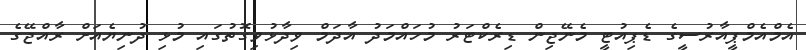
އެމްއެމްޕީއާރުސީގެ ޑެޕިއުޓީ މެނޭޖިން ޑިރެކްޓަރު މުހައްމަދު އާދަމް ވިދާޅުވިގޮތުގައި މުޅި ދުނިޔެއަށް ރާއްޖޭގެ